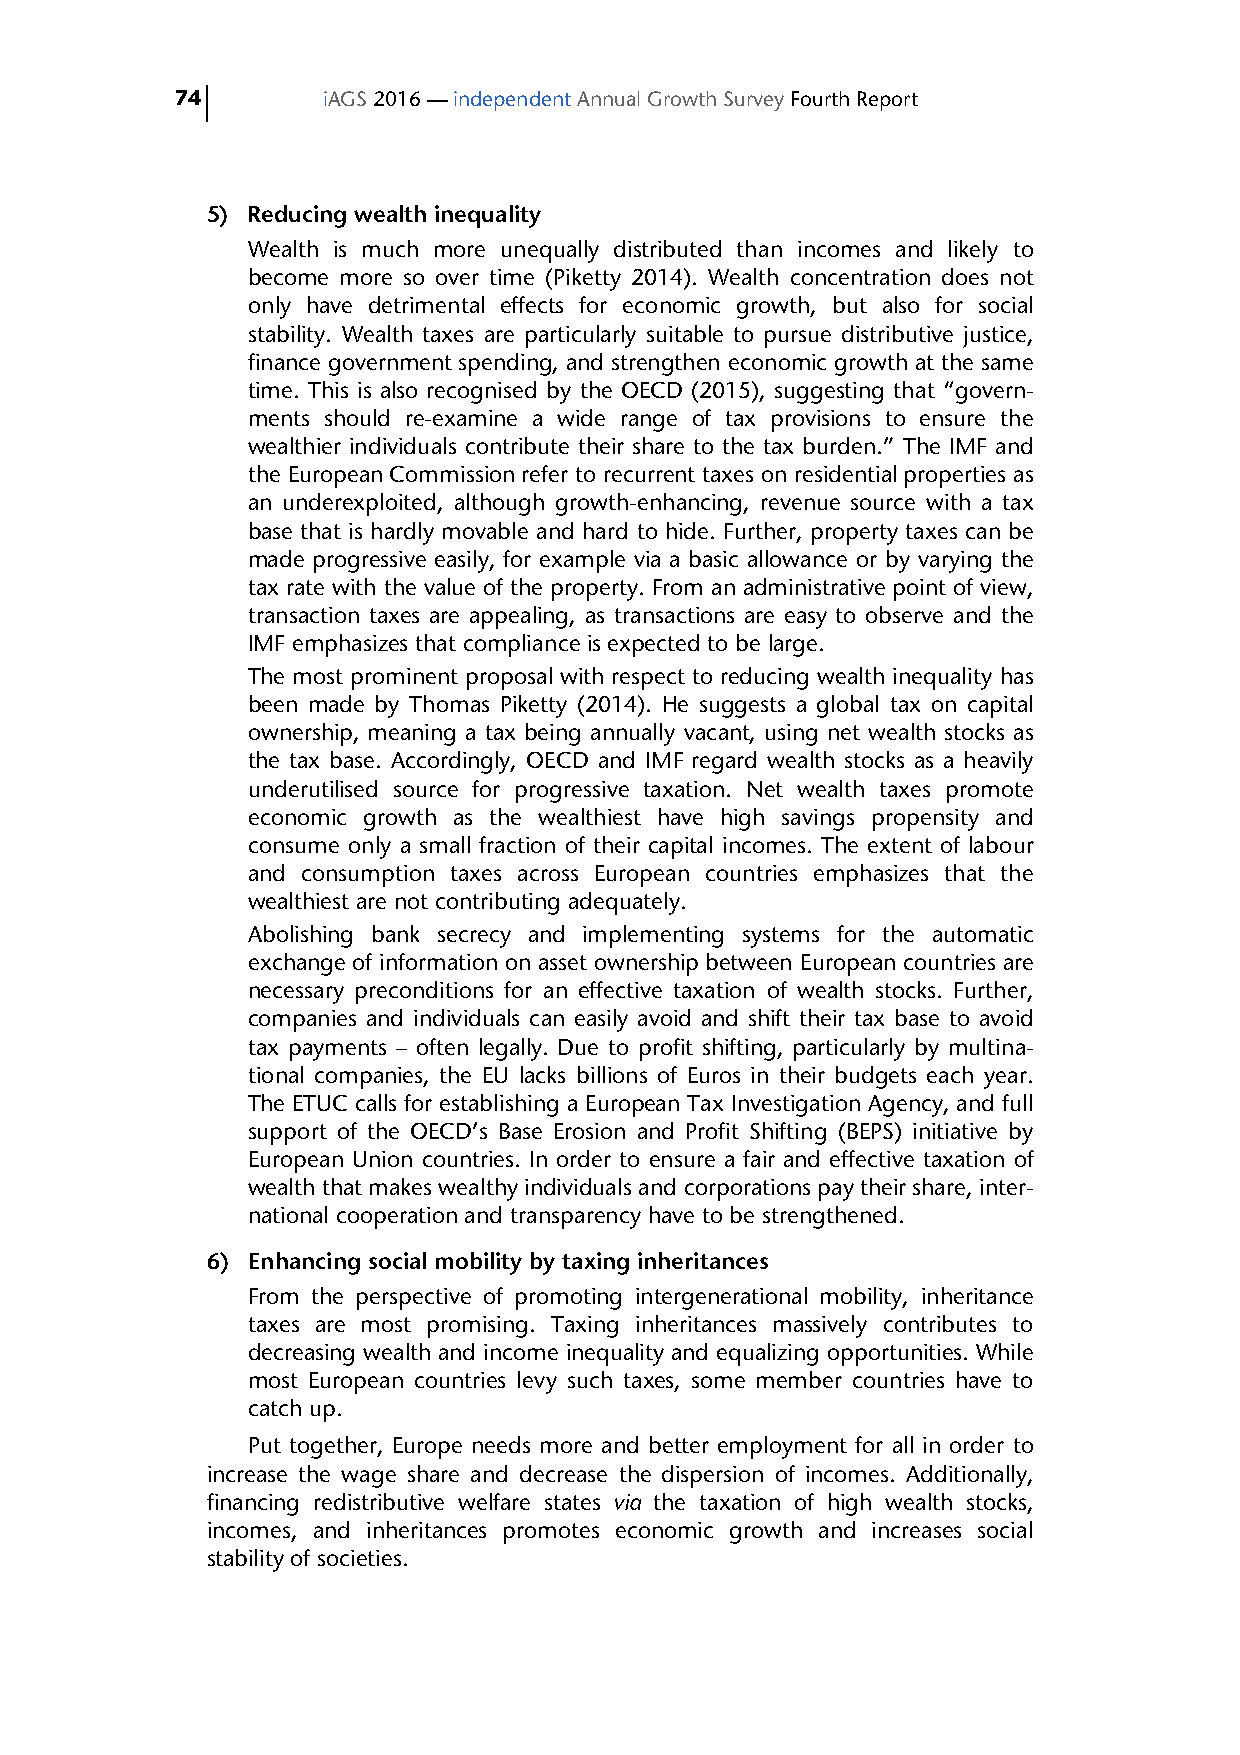
74       iAGS 2016 — independent Annual Growth Survey Fourth Report
 5) Reducing wealth inequality
 Wealth is much more unequally distributed than incomes and likely to
 become more so over time (Piketty 2014). Wealth concentration does not
 only have detrimental effects for economic growth, but also for social
 stability. Wealth taxes are particularly suitable to pursue distributive justice,
 finance government spending, and strengthen economic growth at the same
 time. This is also recognised by the OECD (2015), suggesting that “govern-
 ments should re-examine a wide range of tax provisions to ensure the
 wealthier individuals contribute their share to the tax burden.” The IMF and
 the European Commission refer to recurrent taxes on residential properties as
 an underexploited, although growth-enhancing, revenue source with a tax
 base that is hardly movable and hard to hide. Further, property taxes can be
 made progressive easily, for example via a basic allowance or by varying the
 tax rate with the value of the property. From an administrative point of view,
 transaction taxes are appealing, as transactions are easy to observe and the
 IMF emphasizes that compliance is expected to be large.
 The most prominent proposal with respect to reducing wealth inequality has
 been made by Thomas Piketty (2014). He suggests a global tax on capital
 ownership, meaning a tax being annually vacant, using net wealth stocks as
 the tax base. Accordingly, OECD and IMF regard wealth stocks as a heavily
 underutilised source for progressive taxation. Net wealth taxes promote
 economic growth as the wealthiest have high savings propensity and
 consume only a small fraction of their capital incomes. The extent of labour
 and consumption taxes across European countries emphasizes that the
 wealthiest are not contributing adequately.
 Abolishing bank secrecy and implementing systems for the automatic
 exchange of information on asset ownership between European countries are
 necessary preconditions for an effective taxation of wealth stocks. Further,
 companies and individuals can easily avoid and shift their tax base to avoid
 tax payments – often legally. Due to profit shifting, particularly by multina-
 tional companies, the EU lacks billions of Euros in their budgets each year.
 The ETUC calls for establishing a European Tax Investigation Agency, and full
 support of the OECD’s Base Erosion and Profit Shifting (BEPS) initiative by
 European Union countries. In order to ensure a fair and effective taxation of
 wealth that makes wealthy individuals and corporations pay their share, inter-
 national cooperation and transparency have to be strengthened.
 6) Enhancing social mobility by taxing inheritances
 From the perspective of promoting intergenerational mobility, inheritance
 taxes are most promising. Taxing inheritances massively contributes to
 decreasing wealth and income inequality and equalizing opportunities. While
 most European countries levy such taxes, some member countries have to
 catch up.
 Put together, Europe needs more and better employment for all in order to
 increase the wage share and decrease the dispersion of incomes. Additionally,
 financing redistributive welfare states via the taxation of high wealth stocks,
 incomes, and inheritances promotes economic growth and increases social
 stability of societies.